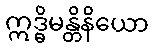
ဣဒ္ဓိမန္တိနိယော